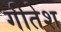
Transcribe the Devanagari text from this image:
गीतेश